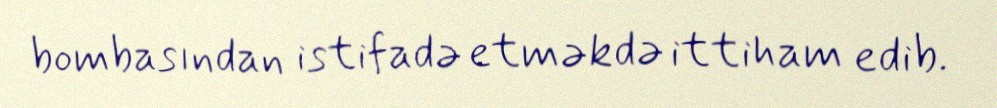
bombasından istifadə etməkdə ittiham edib.